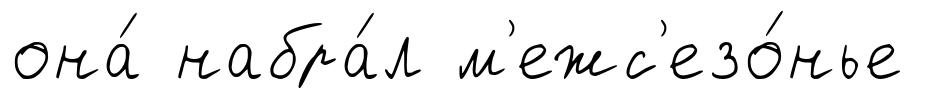
она́ набра́л м'ежс'езо́нье